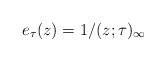
\begin{align*}e_\tau( z) = {1}/{(z;\tau)_{\infty}} \end{align*}